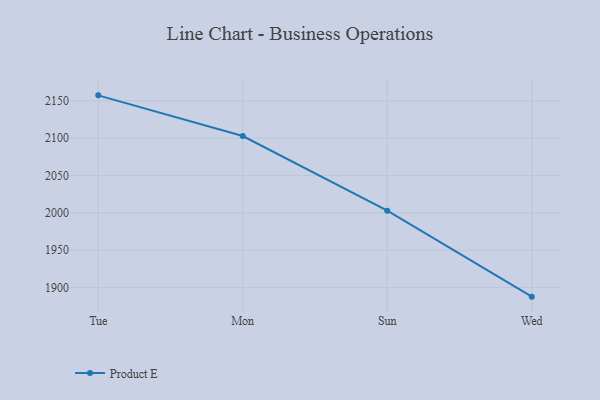
{"axis": {"x": "Day", "y": "Demand Index"}, "legend": ["Product E"], "data": [{"x": "Tue", "y": 2157.4, "type": "Product E"}, {"x": "Mon", "y": 2102.9, "type": "Product E"}, {"x": "Sun", "y": 2002.9, "type": "Product E"}, {"x": "Wed", "y": 1887.8, "type": "Product E"}]}